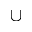
\cup